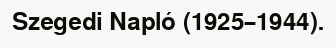
Szegedi Napló (1925–1944).